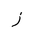
Letter: _zay